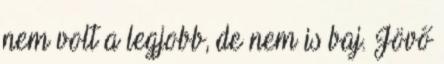
nem volt a legjobb, de nem is baj. Jövő